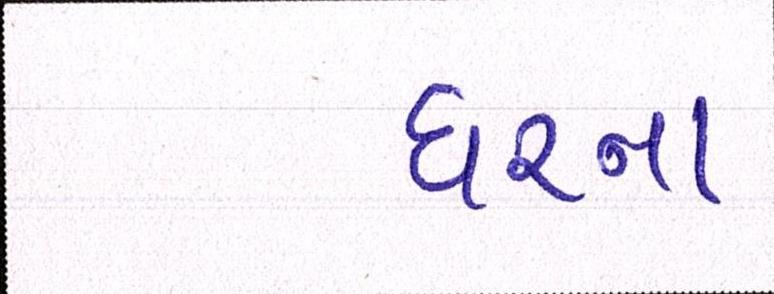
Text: ઘરના